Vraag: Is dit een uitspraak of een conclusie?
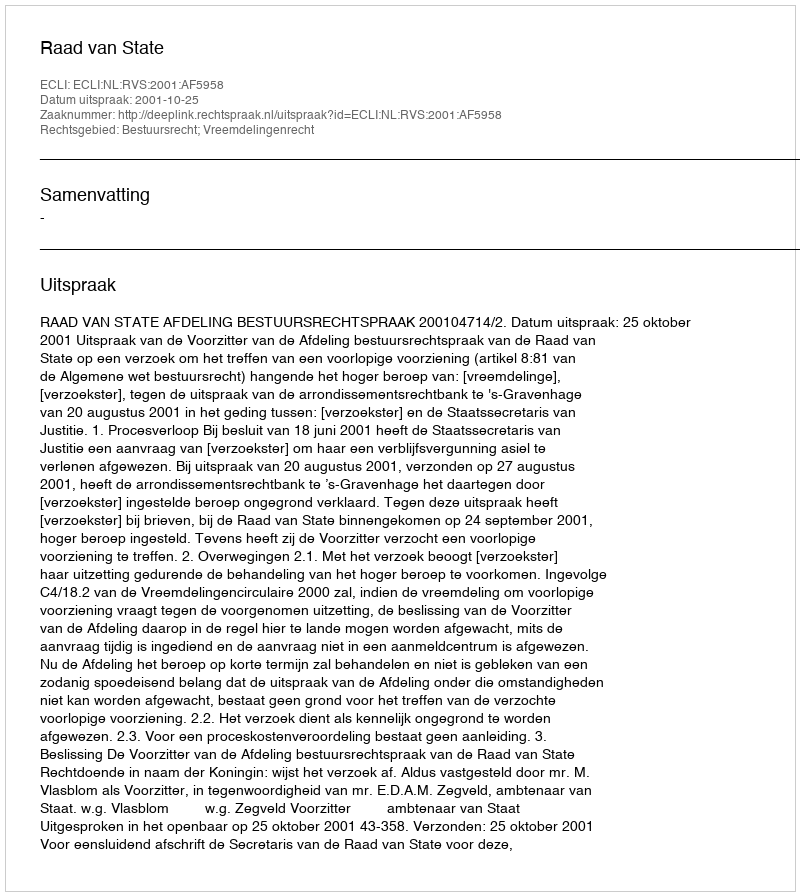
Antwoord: Uitspraak